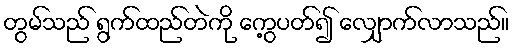
တွမ်သည် ရွက်ထည်တဲကို ကွေ့ပတ်၍ လျှောက်လာသည်။